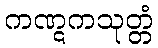
ကဏ္ဋကသုတ္တံ